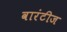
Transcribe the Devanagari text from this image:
वारंटीज